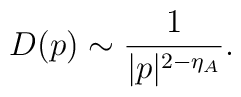
D(p)\sim\frac{1}{|p|^{2-\eta_A}}.